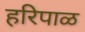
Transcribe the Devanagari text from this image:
हरिपाळ